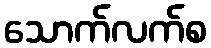
သောက်လက်စ